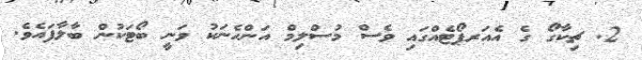
2. ޗިކާގޯ ގެ އެއަރޕޯޓެއްގައި ވެސް މުސްލިމް އަންހެނަކު ވަނީ ބޯޓަކުން ބާލާފައެވެ.